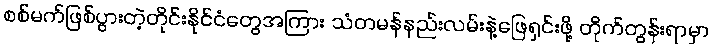
စစ်မက်ဖြစ်ပွားတဲ့တိုင်းနိုင်ငံတွေအကြား သံတမန်နည်းလမ်းနဲ့ဖြေရှင်းဖို့ တိုက်တွန်းရာမှာ